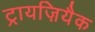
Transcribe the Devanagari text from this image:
ट्रायज़ियैक